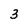
Character: 3